Calcutta medical institutions reports 1871-78
Year: 1871
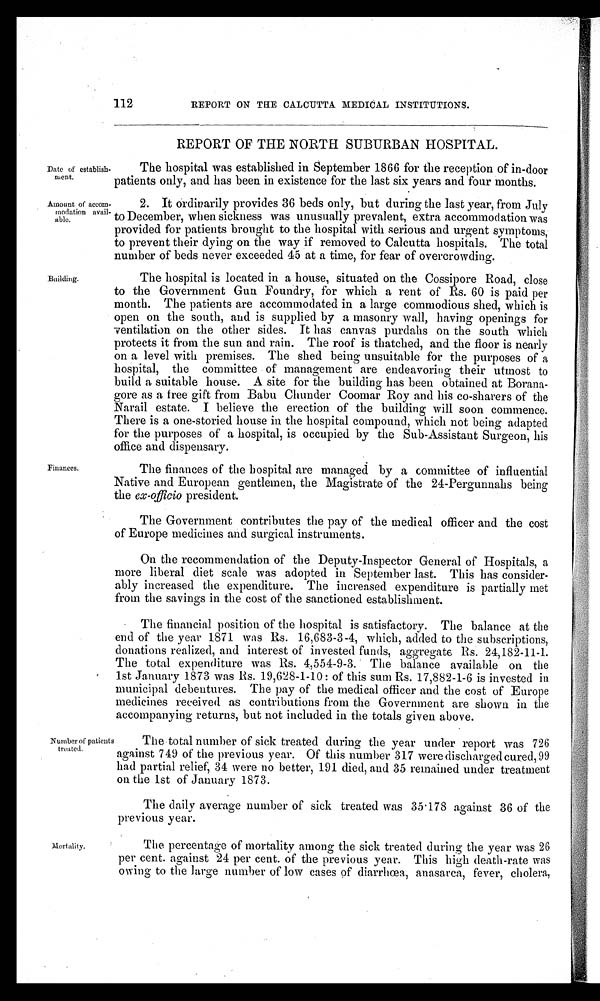
Date of establish-
ment.
Amount of accom-
modation avail-
able.
112
REPORT ON THE CALCUTTA MEDICAL INSTITUTIONS.
REPORT OF THE NORTH SUBURBAN HOSPITAL.
The hospital was established in September 1866 for the reception of in-door
patients only, and has been in existence for the last six years and four months.
2. It ordinarily provides 36 beds only, but during the last year, from July
to December, when sickness was unusually prevalent, extra accommodation was
provided for patients brought to the hospital with serious and urgent symptoms,
to prevent their dying on the way if removed to Calcutta hospitals. The total
number of beds never exceeded 45 at a time, for fear of overcrowding.
Building.
Finances.
The hospital is located in a house, situated on the Cossipore Road, close
to the Government Gun Foundry, for which a rent of Rs. 60 is paid per
month. The patients are accommodated in a large commodious shed, which is
open on the south, and is supplied by a masonry wall, having openings for
ventilation on the other sides. It has canvas purdahs on the south which
protects it from the sun and rain. The roof is thatched, and the floor is nearly
on a level with premises. The shed being unsuitable for the purposes of a
hospital, the committee of management are endeavoring their utmost to
build a suitable house. A site for the building has been obtained at Borana-
gore as a free gift from Babu Chunder Coomar Roy and his co-sharers of the
Narail estate. I believe the erection of the building will soon commence.
There is a one-storied house in the hospital compound, which not being adapted
for the purposes of a hospital, is occupied by the Sub-Assistant Surgeon, his
office and dispensary.
The finances of the hospital are managed by a committee of influential
Native and European gentlemen, the Magistrate of the 24-Pergunnahs being
the ex-officio president.
The Government contributes the pay of the medical officer and the cost
of Europe medicines and surgical instruments.
On the recommendation of the Deputy-Inspector General of Hospitals, a
more liberal diet scale was adopted in September last. This has consider-
ably increased the expenditure. The increased expenditure is partially met
from the savings in the cost of the sanctioned establishment.
The financial position of the hospital is satisfactory. The balance at the
end of the year 1871 was Rs. 16,683-3-4, which, added to the subscriptions,
donations realized, and interest of invested funds, aggregate Rs. 24,182-11-1.
The total expenditure was Rs. 4,554-9-3. The balance available on the
1st January 1873 was Rs. 19,628-1-10: of this sum Rs. 17,882-1-6 is invested in
municipal debentures. The pay of the medical officer and the cost of Europe
medicines received as contributions from the Government are shown in the
accompanying returns, but not included in the totals given above.
Number of patients
treated.
The total number of sick treated during the year under report was 726
against 749 of the previous year. Of this number 317 were discharged cured, 99
had partial relief, 34 were no better, 191 died, and 35 remained under treatment
on the 1st of January 1873.
The daily average number of sick treated was 35.178 against 36 of the
previous year.
Mortality.
The percentage of mortality among the sick treated during the year was 26
per cent. against 24 per cent. of the previous year. This high death-rate was
owing to the large number of low cases of diarrhœa, anasarca, fever, cholera,